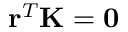
\mathbf { r } ^ { T } \mathbf { K } = \mathbf { 0 }